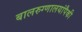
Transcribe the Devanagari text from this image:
बालरुग्णालयांपैकी